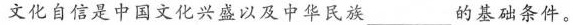
文化自信是中国文化兴盛以及中华民族___________的基础条件。